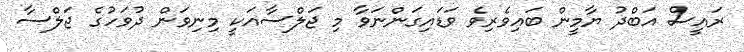
ރައީސް އަބްދު ޔާމީން ބައިވެރިވެ ވަޑައިގަންނަވާ މި ޖަލްސާއަކީ މިނިވަން ދުވަހުގެ ޖަލްސާ